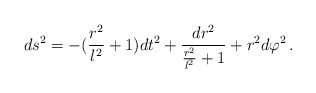
\begin{align*}ds^2 = - (\frac{r^2}{l^2}+1) dt^2 + \frac{dr^2}{\frac{r^2}{l^2}+1} + r^2 d\varphi^2 \, . \end{align*}